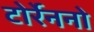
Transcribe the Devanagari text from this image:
टोर्रेननो